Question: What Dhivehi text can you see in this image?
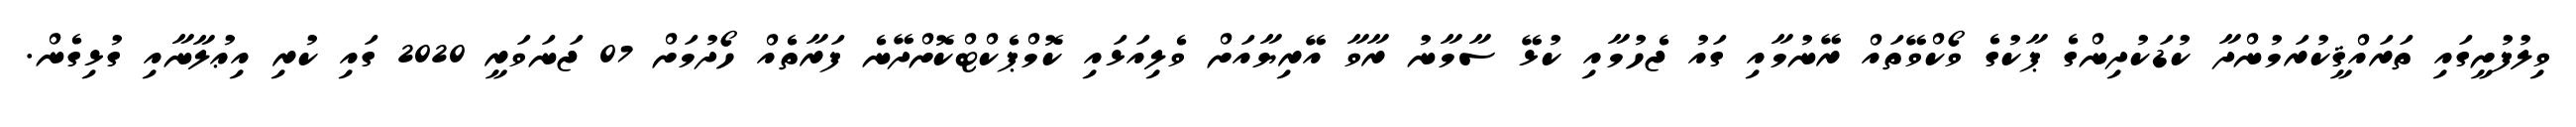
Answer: ވިލުފުށީގައި ތަރައްޤީކުރަމުންދާ ކުޑަކުދިންގެ ޕާކުގެ ވޯކްވޭތައް ރޭނުމާއި ގައު ޖެހުމާއި ކުޅޭ ސާމާނު ރާވާ އޭރިޔާއަށް ވެލިއަޅައި ކޮމްޕެކްޓްކޮށްދޭނެ ފަރާތެއް ހޯދުމަށް 07 ޖަނަވަރީ 2020 ގައި ކުރި އިޢުލާނާއި ގުޅިގެން.